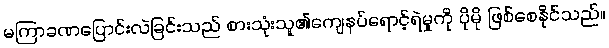
မကြာခဏပြောင်းလဲခြင်းသည် စားသုံးသူ၏ကျေနပ်ရောင့်ရဲမှုကို ပိုမို ဖြစ်စေနိုင်သည်။